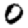
Digit: 0